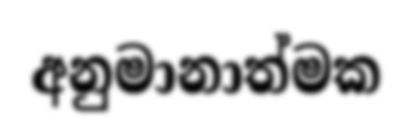
අනුමානාත්මක